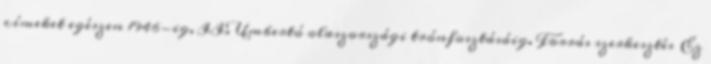
címeket egészen 1946-ig, II. Umbertó olaszországi trónfosztásáig. Forrás szerkesztés Ez